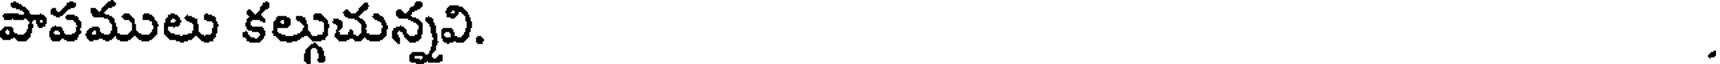
పాపములు కల్గుచున్నవి.